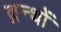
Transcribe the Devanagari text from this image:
ब्रन्थों